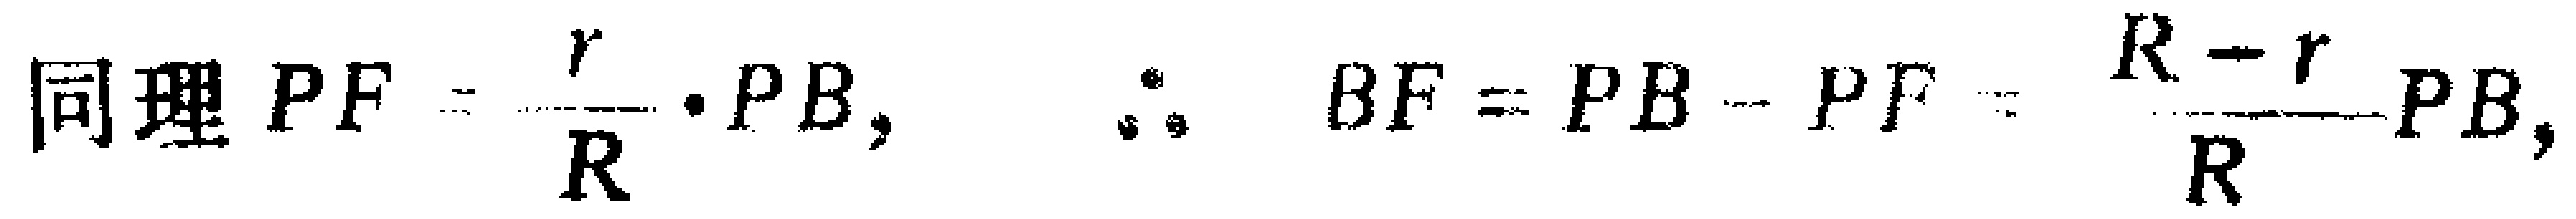
同理 \(PF = \frac{r}{R} \cdot PB,\ \ \ \therefore\ \ BF = PB - PF = \frac{R - r}{R}PB,\)